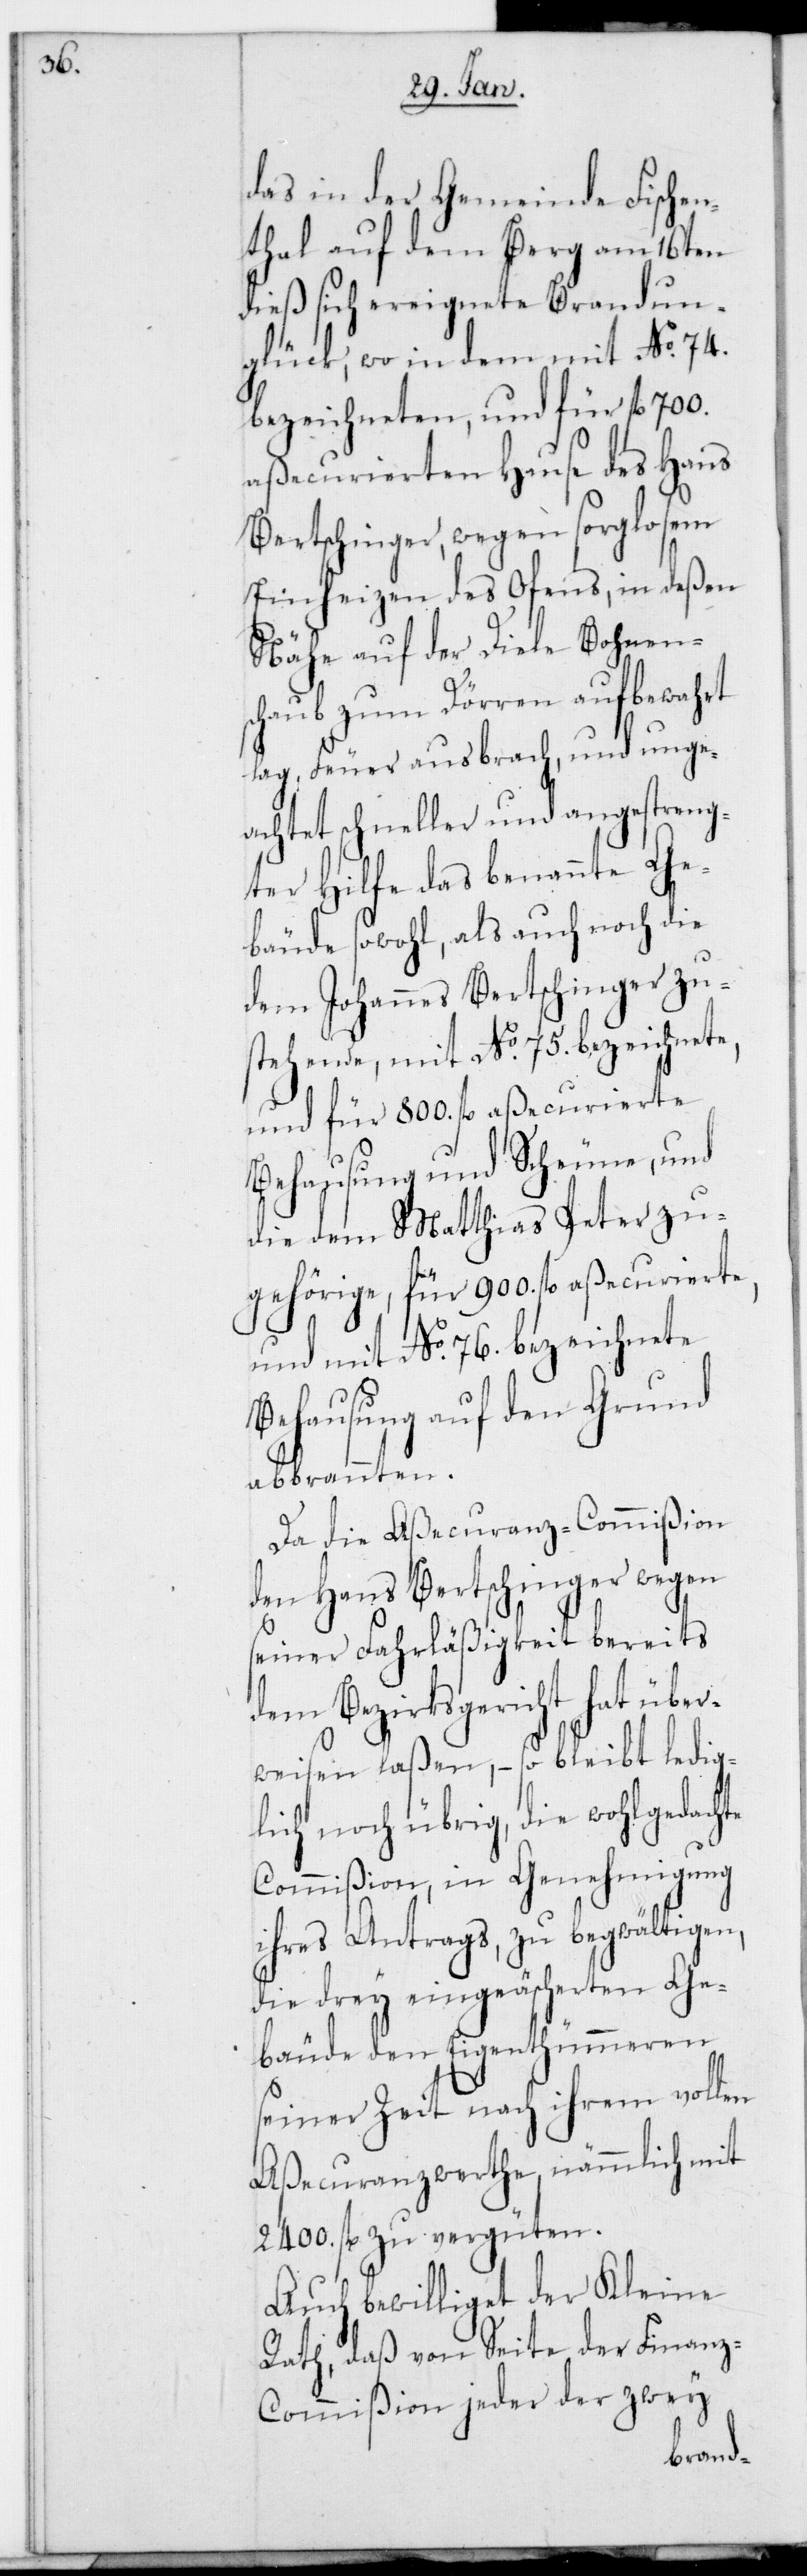
das in der Gemeinde Fischen¬
thal auf dem Berg am 16ten
dieß sich ereignete Brandun¬
glück; wo in dem mit No 74.
bezeichneten, und für fl. 700.
aßecurierten Hause des Hans
Bertschinger, wegen sorglosem
Einheizen des Ofens, in deßen
Nähe auf der Diele Bohnen¬
schaub zum Dörren aufbewahrt
lag, Feuer ausbrach und unge¬
achtet schneller und angestreng¬
ter Hilfe das benannten Ge¬
bäude sowohl als auch noch die
dem Johannes Bertschinger zu¬
stehende, mit No 75. bezeichnete,
und für 800. fl. aßecurierte
Behausung und Scheune, und
die dem Matthias Peter zu¬
gehörige, für 900. fl. aßecurierte,
und mit No 76. bezeichnete
Behausung auf den Grund
abbrannten.
Da die Aßecuranz-Commißion
den Hans Bertschinger wegen
seiner Fahrläßigkeit bereits
dem Bezirksgericht hat über¬
weisen laßen, – so bleibt ledig¬
lich noch übrig, die wohlgedachte
Commißion in Genehmigung
ihres Antrags zu begwältigen,
die drey eingeäschereten Ge¬
bäude den Eigentümeren
seiner Zeit nach ihrem vollen
Aßecuranzwerthe, nämmlich mit
2400. fl. zu vergüten.
Auch bewilliget der Kleine
Rath, daß von Seite der Finan¬
z-Commißion jeder der zwey